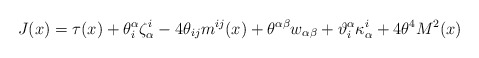
\begin{align*}J(x) = \tau(x) + \theta^\alpha_i \zeta_\alpha^i - 4 \theta_{ij} m^{ij}(x) + \theta^{\alpha \beta} w_{\alpha \beta} + \vartheta^\alpha_i \kappa_\alpha^i + 4 \theta^4 M^2(x)\end{align*}